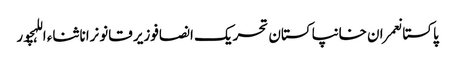
پاکستانعمران خانپاکستان تحریک انصافوزیر قانونرانا ثناء اللہچور